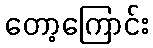
တော့ကြောင်း